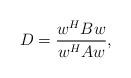
LaTeX: \begin{align*}D=\frac{{{w}^{H}}Bw}{{{w}^{H}}Aw},\end{align*}